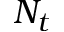
N _ { t }